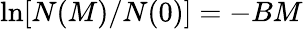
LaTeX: \ln[N(M)/N(0)]=-BM